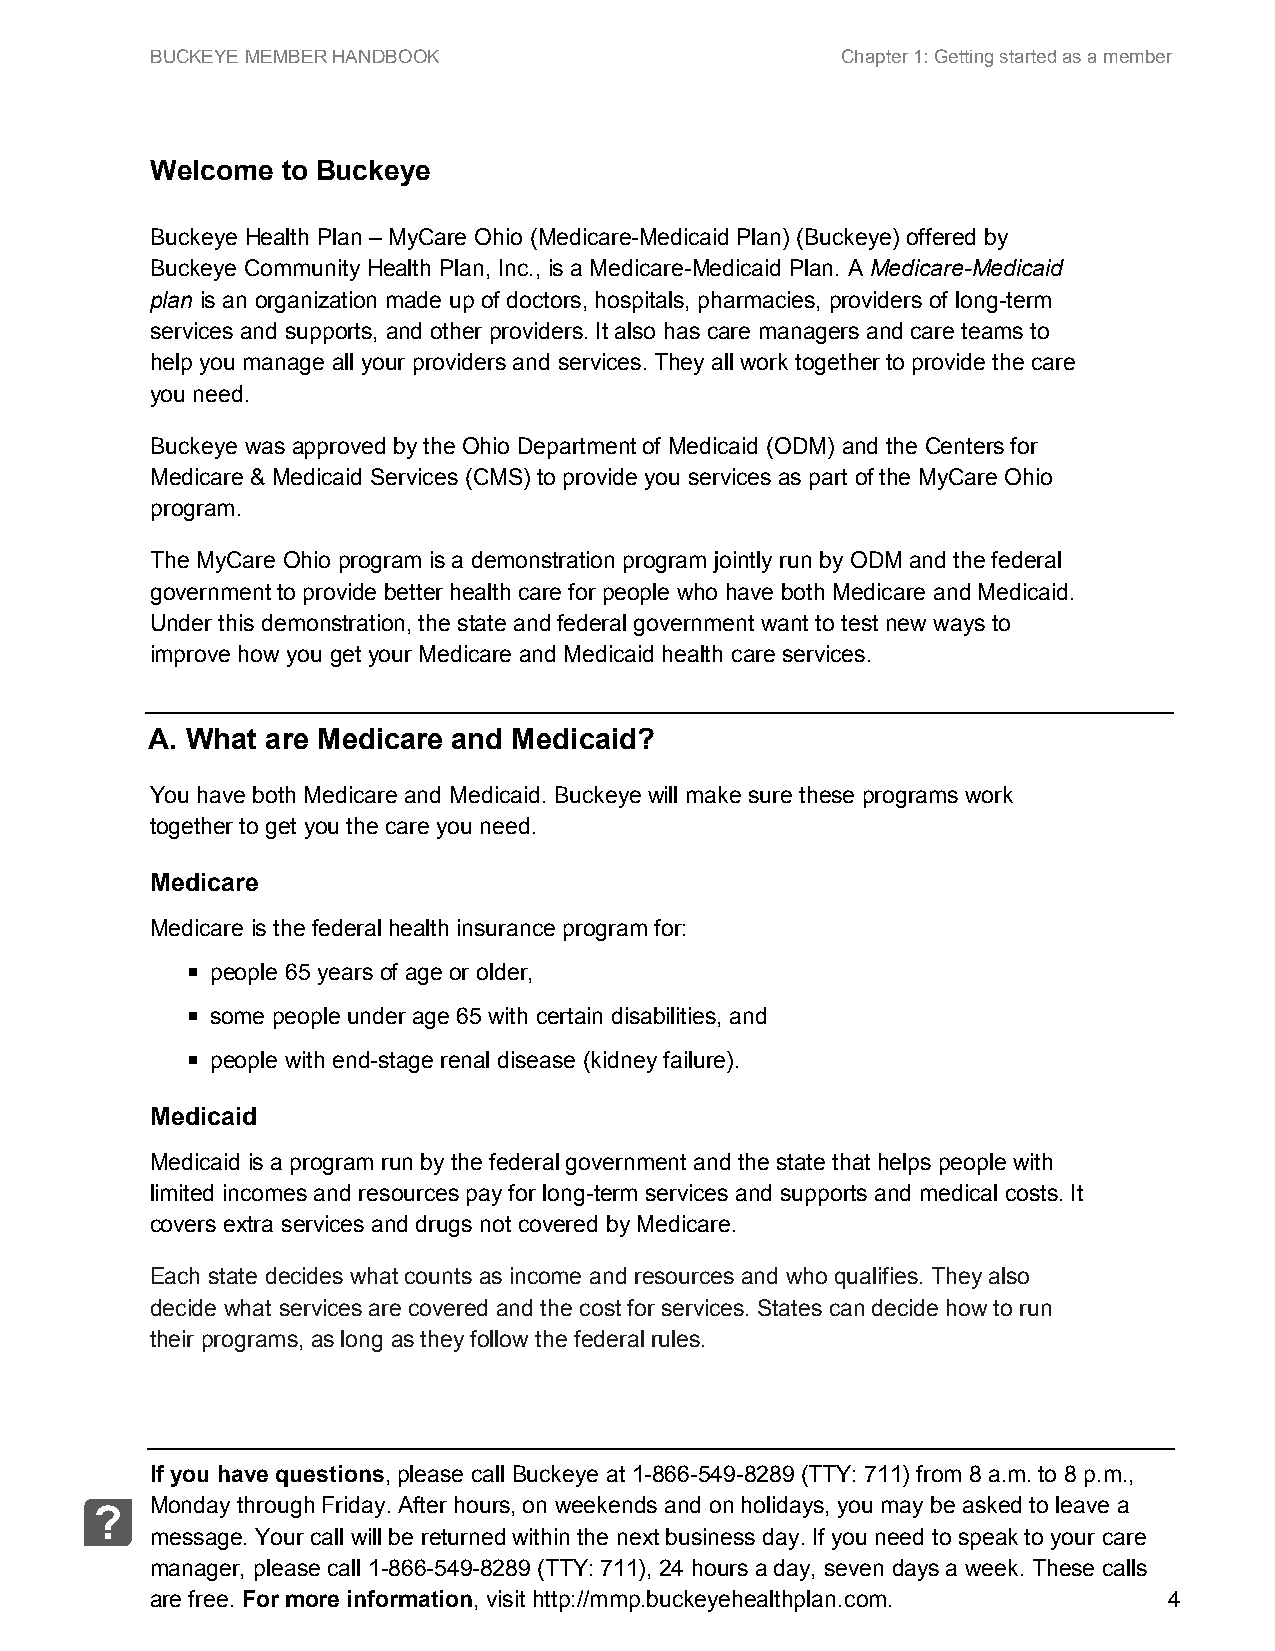
BUCKEYE MEMBER HANDBOOK                       Chapter 1: Getting started as a member
 Welcome  to Buckeye
 Buckeye Health Plan – MyCare Ohio (Medicare-Medicaid Plan) (Buckeye) offered by
 Buckeye Community Health Plan, Inc., is a Medicare-Medicaid Plan. A Medicare-Medicaid
 plan is an organization made up of doctors, hospitals, pharmacies, providers of long-term
 services and supports, and other providers. It also has care managers and care teams to
 help you manage all your providers and services. They all work together to provide the care
 you need.
 Buckeye was approved by the Ohio Department of Medicaid (ODM) and the Centers for
 Medicare & Medicaid Services (CMS) to provide you services as part of the MyCare Ohio
 program.
 The MyCare Ohio program is a demonstration program jointly run by ODM and the federal
 government to provide better health care for people who have both Medicare and Medicaid.
 Under this demonstration, the state and federal government want to test new ways to
 improve how you get your Medicare and Medicaid health care services.
 A. What are Medicare and Medicaid?
 You have both Medicare and Medicaid. Buckeye will make sure these programs work
 together to get you the care you need.
 Medicare
 Medicare is the federal health insurance program for:
  people 65 years of age or older,
  some people under age 65 with certain disabilities, and
  people with end-stage renal disease (kidney failure).
 Medicaid
 Medicaid is a program run by the federal government and the state that helps people with
 limited incomes and resources pay for long-term services and supports and medical costs. It
 covers extra services and drugs not covered by Medicare.
 Each state decides what counts as income and resources and who qualifies. They also
 decide what services are covered and the cost for services. States can decide how to run
 their programs, as long as they follow the federal rules.
 If you have questions, please call Buckeye at 1-866-549-8289 (TTY: 711) from 8 a.m. to 8 p.m.,
 Monday through Friday. After hours, on weekends and on holidays, you may be asked to leave a
 ?
 message. Your call will be returned within the next business day. If you need to speak to your care
 manager, please call 1-866-549-8289 (TTY: 711), 24 hours a day, seven days a week. These calls
 are free. For more information, visit http://mmp.buckeyehealthplan.com. 4